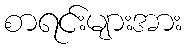
စာရင်းများအား